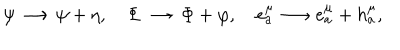
LaTeX: \psi \longrightarrow \psi + \eta , \Phi \longrightarrow \Phi + \varphi , e _ { a } ^ { \mu } \longrightarrow e _ { a } ^ { \mu } + h _ { a } ^ { \mu } ,